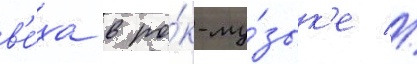
в'е́ха в ро́к-му́зык'е //